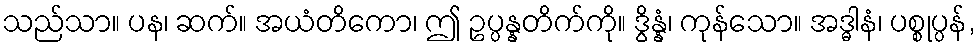
သည်သာ။ ပန၊ ဆက်။ အယံတိကော၊ ဤ ဥပ္ပန္နတိက်ကို။ ဒွိန္နံ၊ ကုန်သော။ အဒ္ဓါနံ၊ ပစ္စုပ္ပန်,